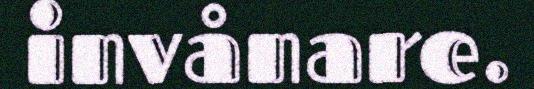
invånare.